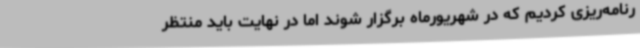
رنامه‌ریزی کردیم که در شهریورماه برگزار شوند اما در نهایت باید منتظر